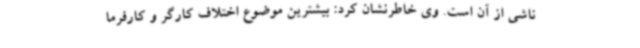
ناشی از آن است. وی خاطرنشان کرد: بیشترین موضوع اختلاف کارگر و کارفرما